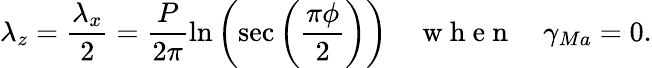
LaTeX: \lambda_{z}=\frac{\lambda_{x}}{2}=\frac{P}{2\pi}\ln\left(\sec\left(\frac{\pi\phi}{2}\right)\right)\quad\mathrm{~w~h~e~n~}\quad\gamma_{Ma}=0.